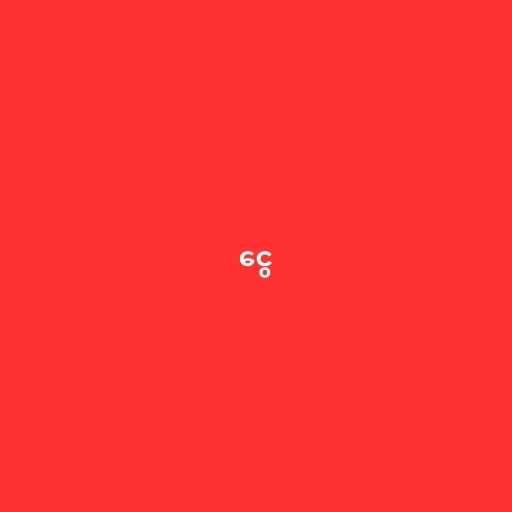
ငွေ